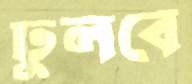
ঢুলবে